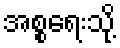
အစ္စရေးသို့